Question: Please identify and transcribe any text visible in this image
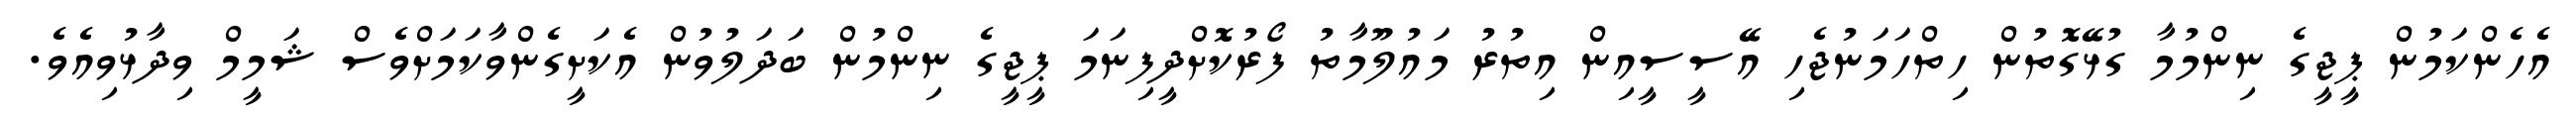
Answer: އެހެންކަމުން ޕީޖީގެ ނިންމުމާ ގުޅޭގޮތުން ހިތްހަމަނުޖެހި އޭސީސީއިން އިތުރު މައުލޫމާތު ފޯރުކޮށްދީފިނަމަ ޕީޖީގެ ނިންމުން ބަދަލުވުން އެކަށީގެންވާކަމަށްވެސް ޝަމީމް ވިދާޅުވިއެވެ.